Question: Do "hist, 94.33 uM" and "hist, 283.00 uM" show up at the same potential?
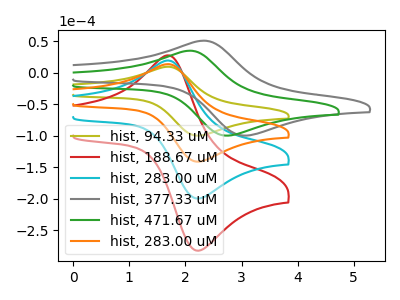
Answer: <think>The olive curve "hist, 94.33 uM" has an anodic peak at (1.70V, 9.85uA) and a cathodic peak at (2.25V, -99.45uA). The red curve "hist, 188.67 uM" has an anodic peak at (1.70V, 41.75uA) and a cathodic peak at (2.25V, -422.15uA). The cyan curve "hist, 283.00 uM" has an anodic peak at (1.70V, 27.85uA) and a cathodic peak at (2.25V, -281.45uA). The gray curve "hist, 377.33 uM" has an anodic peak at (2.35V, 51.25uA) and a cathodic peak at (3.15V, -99.30uA). The green curve "hist, 471.67 uM" has an anodic peak at (2.10V, 35.30uA) and a cathodic peak at (2.80V, -99.35uA). The orange curve "hist, 283.00 uM" has an anodic peak at (1.70V, 13.90uA) and a cathodic peak at (2.25V, -140.70uA).
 All the peaks in "hist, 94.33 uM" have a peak in "hist, 283.00 uM" at the same potential. Every peak in "hist, 94.33 uM" is lower than every peak in "hist, 283.00 uM".</think>
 <answer>"hist, 94.33 uM" and "hist, 283.00 uM" are similar in shape.</answer>
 <eval>same_shape</eval>